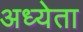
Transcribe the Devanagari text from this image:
अध्‍येता